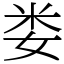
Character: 娄